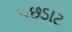
પછડાટ